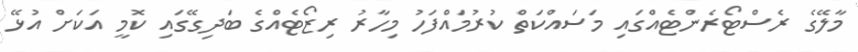
މާލޭގެ ރެސްޓޯރެންޓެއްގައި މަސައްކަތް ކުރުމައްފަހު މިހާރު ރިޒޯޓެއްގެ ބަދިގޭގައި ކޮމީ އަކަށް އުޅޭ